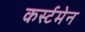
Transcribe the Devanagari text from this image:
कर्स्टमेन